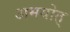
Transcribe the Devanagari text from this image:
अमयोत्